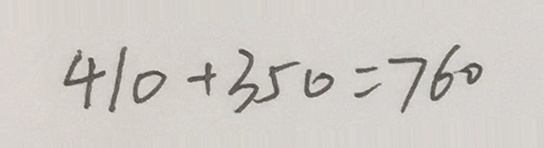
4 1 0 + 3 5 0 = 7 6 0